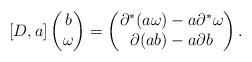
LaTeX: \begin{gather*}[D, a]\begin{pmatrix}b\\\omega\end{pmatrix}=\begin{pmatrix}{\partial}^*(a\omega)-a{\partial}^*\omega\\{\partial}(ab)-a{\partial} b\end{pmatrix}.\end{gather*}